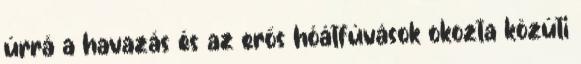
úrrá a havazás és az erős hóátfúvások okozta közúti